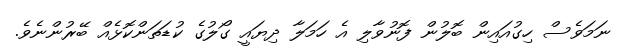
ނަމަވެސް ހިގުއައިން ބޮލުން ފޮނުވާލި އެ ހަމަލާ ދިޔައީ ގޯލުގެ ކުޑަތަންކޮޅެއް ބޭރުންނެވެ.